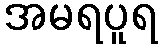
အမရပူရ